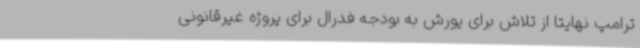
ترامپ نهایتا از تلاش برای یورش به بودجه فدرال برای پروژه غیرقانونی